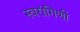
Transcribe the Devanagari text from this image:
स्वरांगिणी